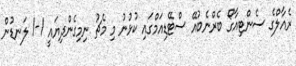
ރެއާލްގެ ސެންޓިއާގޯ ބެރްނެބުއޭ ސްޓޭޑިއަމްގައި ކުޅުނު މި މެޗު ނިމިގެންދިޔައީ 1-1 ލަނޑުން